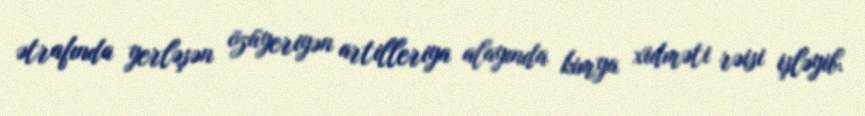
ətrafında yerləşən özüyeriyən artilleriya alayında kimya xidməti rəisi işləyib.